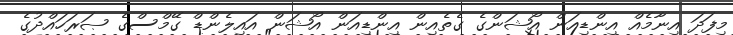
މިފަދަ އިނާމެއް އިންޑިއަން އޯޝަންގެ ގެތެއިން އިންޑިއަން އޯޝަން އައިލެންޑް ގޭމްސްގެ ޞަރަހައްދުގެ